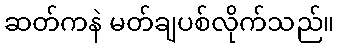
ဆတ်ကနဲ မတ်ချပစ်လိုက်သည်။